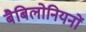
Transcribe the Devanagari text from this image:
बैबिलोनियनों